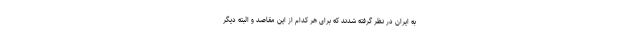
به ایران در نظر گرفته شدند که برای هر کدام از این مقاصد و البته دیگر